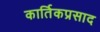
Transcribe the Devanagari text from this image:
कार्तिकप्रसाद